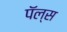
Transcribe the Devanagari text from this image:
पॅल्स